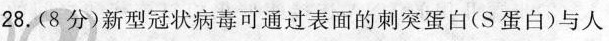
28.(8分)新型冠状病毒可通过表面的刺突蛋白(S蛋白)与人